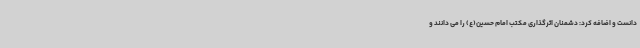
دانست و اضافه کرد: دشمنان اثرگذاری مکتب امام حسین(ع) را می دانند و